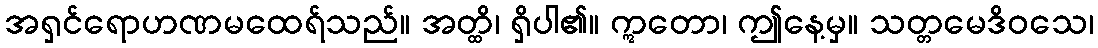
အရှင်ရောဟဏမထေရ်သည်။ အတ္ထိ၊ ရှိပါ၏။ ဣတော၊ ဤနေ့မှ။ သတ္တမေဒိဝသေ၊